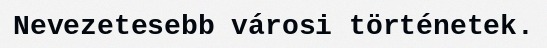
Nevezetesebb városi történetek.